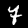
Digit: 7